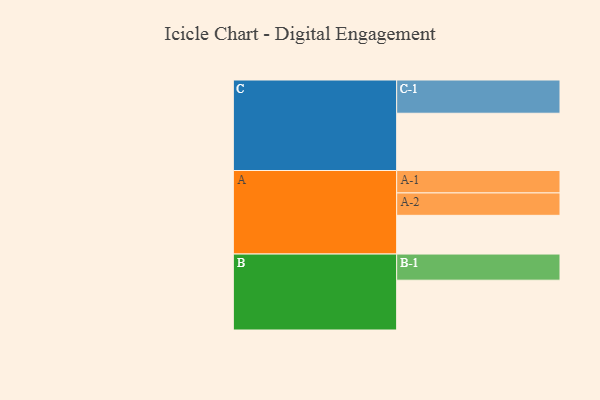
{"axis": {"x": "Segment", "y": "Value"}, "legend": ["", "A", "B", "C"], "data": [{"x": "A", "y": 311, "type": ""}, {"x": "B", "y": 400, "type": ""}, {"x": "C", "y": 460, "type": ""}, {"x": "A-1", "y": 180, "type": "A"}, {"x": "A-2", "y": 180, "type": "A"}, {"x": "B-1", "y": 210, "type": "B"}, {"x": "C-1", "y": 267, "type": "C"}]}